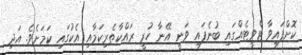
ކޮށްފައިވާ ޓްވީޓެއްގައި ބުނެފައި ވަނީ އޭނާ ހުރީ ރައްކާތެރިކަމާއި އެކުގައި ކަމަށެވެ. އަދި